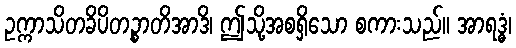
ဥက္ကာသိတခိပိတဉ္စာတိအာဒိ၊ ဤသို့အစရှိသော စကားသည်။ အာရဒ္ဓံ၊